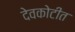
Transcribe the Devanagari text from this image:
देवकोटीत